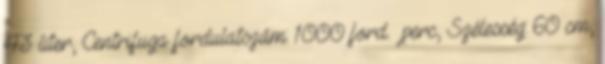
43 liter, Centrifuga fordulatszám: 1000 ford. perc, Szélesség: 60 cm,